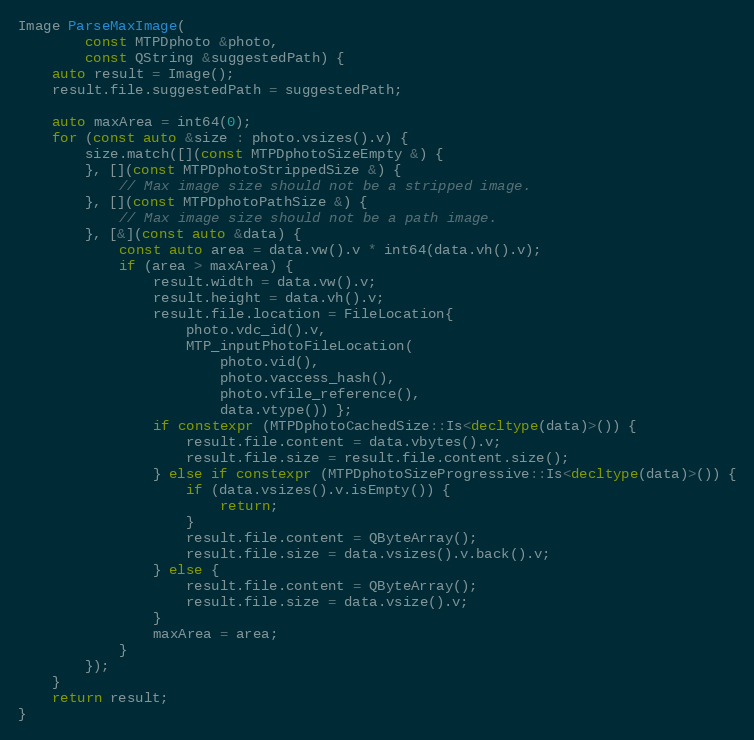
Language: C++
Image ParseMaxImage(
		const MTPDphoto &photo,
		const QString &suggestedPath) {
	auto result = Image();
	result.file.suggestedPath = suggestedPath;

	auto maxArea = int64(0);
	for (const auto &size : photo.vsizes().v) {
		size.match([](const MTPDphotoSizeEmpty &) {
		}, [](const MTPDphotoStrippedSize &) {
			// Max image size should not be a stripped image.
		}, [](const MTPDphotoPathSize &) {
			// Max image size should not be a path image.
		}, [&](const auto &data) {
			const auto area = data.vw().v * int64(data.vh().v);
			if (area > maxArea) {
				result.width = data.vw().v;
				result.height = data.vh().v;
				result.file.location = FileLocation{
					photo.vdc_id().v,
					MTP_inputPhotoFileLocation(
						photo.vid(),
						photo.vaccess_hash(),
						photo.vfile_reference(),
						data.vtype()) };
				if constexpr (MTPDphotoCachedSize::Is<decltype(data)>()) {
					result.file.content = data.vbytes().v;
					result.file.size = result.file.content.size();
				} else if constexpr (MTPDphotoSizeProgressive::Is<decltype(data)>()) {
					if (data.vsizes().v.isEmpty()) {
						return;
					}
					result.file.content = QByteArray();
					result.file.size = data.vsizes().v.back().v;
				} else {
					result.file.content = QByteArray();
					result.file.size = data.vsize().v;
				}
				maxArea = area;
			}
		});
	}
	return result;
}